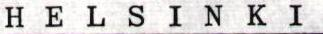
HELSINKI